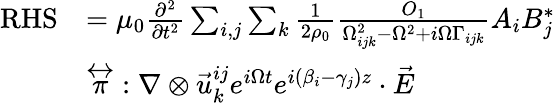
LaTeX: \begin{array}{rl}{\mathrm{RHS}}&{=\mu_{0}\frac{\partial^{2}}{\partial t^{2}}\sum_{i,j}\sum_{k}\frac{1}{2\rho_{0}}\frac{O_{1}}{\Omega_{ijk}^{2}-\Omega^{2}+i\Omega\Gamma_{ijk}}A_{i}B_{j}^{*}}\\ &{{\stackrel{\leftrightarrow}{\pi}}:\nabla\otimes\vec{u}_{k}^{ij}e^{i\Omega t}e^{i(\beta_{i}-\gamma_{j})z}\cdot\vec{E}}\end{array}